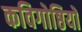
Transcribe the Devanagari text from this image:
कविगोष्ठियों